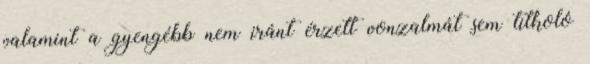
valamint a gyengébb nem iránt érzett vonzalmát sem titkoló